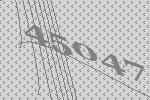
45047